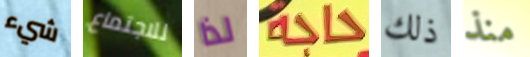
شيء للاجتماع لذا حاجة ذلك منذ